Statistics of inoculations with Haffkine's anti-plague vaccine 1897-1900
Year: 1897
Disease focus: Plague
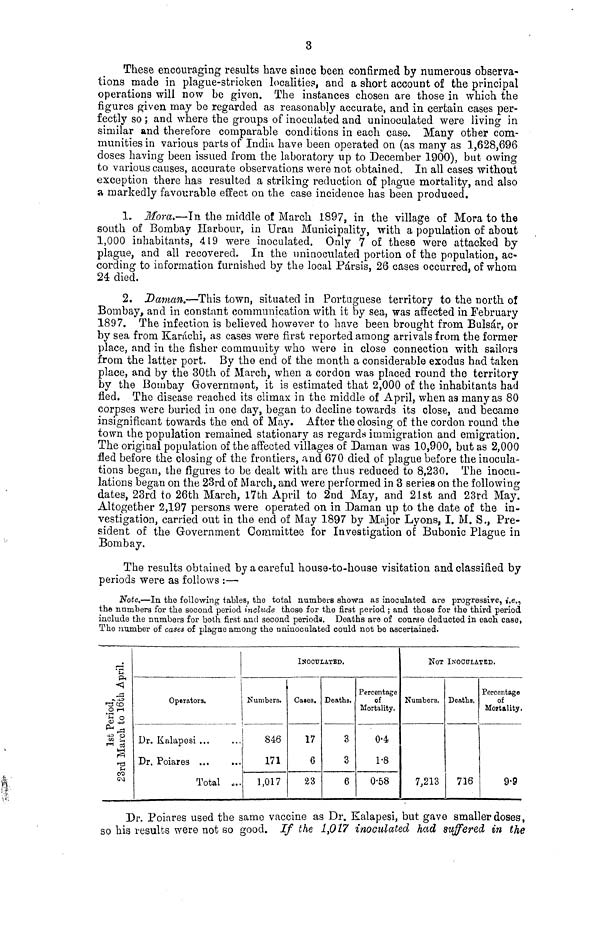
3
These encouraging results have since been confirmed by numerous observa-
tions made in plague-stricken localities, and a short account of the principal
operations will now be given. The instances chosen are those in which the
figures given may be regarded as reasonably accurate, and in certain cases per-
fectly so ; and where the groups of inoculated and uninooulated were living in
similar and therefore comparable conditions in each case. Many other com-
munities in various parts of India have been operated on (as many as 1,628,696
doses having been issued from the laboratory up to December 1900), but owing
to various causes, accurate observations were not obtained. In all cases without
exception there has resulted a striking reduction of plague mortality, and also
a markedly favourable effect on the case incidence has been produced.
1, Mora.—In the middle of March 1897, in the village of Mora to the
south of Bombay Harbour, in Uran Municipality, with a population of about
1,000 inhabitants, 419 were inoculated. Only 7 of these were attacked by
plague, and all recovered. In the nninoculated portion of the population, ac-
cording to information furnished by the local Pársis, 26 cases occurred, of whom
24 died.
2. Daman.—This town, situated in Portuguese territory to the north of
Bombay, and in constant communication with it by sea, was affected in February
1897. The infection is believed however to have been brought from Bulsár, or
by sea from Karachi, as cases were first reported among arrivals from the former
place, and in the fisher commuuity who were in close connection with sailors
from the latter port. By the end of the month a considerable exodus had taken
place, and by the 30th of March, when a cordon was placed round the territory
by the Bombay Government, it is estimated that 2,000 of the inhabitants had
fled. The disease reached its climax in the middle of April, when as many as 80
corpses were buried in one day, began to decline towards its close, and became
insignificant towards the end of May. After the closing of the cordon round the
town the population remained stationary as regards immigration and emigration.
The original population of the affected villages of Daman was 10,900, but as 2,000
fled before the closing of the frontiers, and 670 died of plague before the inocula-
tions began, the figures to be dealt with are thus reduced to 8,230. The inocu-
lations began on the 23rd of March, and were performed in 3 series on the following
dates, 23rd to 26th March, l7th April to 2nd May, and 21st and 23rd May.
Altogether 2,197 persons were operated on in Daman up to the date of the in-
vestigation, carried out in the end of May 1897 by Major Lyons, I. M. S., Pre-
sident of the Government Committee for Investigation of Bubonic Plague in
Bombay.
The results obtained by a careful house-to-house visitation and classified by
periods were as follows :—
Note.—In the following tables, the total numbers shown as inoculated are progressive, i.e.,
the numbers for the socond period include those for the first period ; and those for the third period
include the numbers for both first and second periods. Deaths are of course deduoted in each case,
The number of cases of plague among the nninoculated could not be ascertained.
1st Period,
23ard March to 16th April
Operators.
Dr. Kalapesi
...
...
Dr. Poiares
...
...
Total ...
INOCULATED.
Numbers.
846
171
1,017
Cases.
17
6
23
Deaths.
3
3
6
Percentage
of
Mortality.
0.4
1.8
0.58
NOT INOCULATED.
Numbers.
7,213
Deaths.
716
Percentage
of
Mortality.
9.9
Dr. Poiares used the same vaccine as Dr. kalapesi, but gave smaller doses,
so his results were not so good. If the 1,017 inoculated had suffered in the